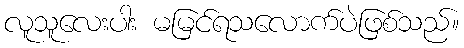
လူသူလေးပါး မမြင်ရသလောက်ပဲဖြစ်သည်။